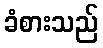
ခံစားသည်